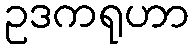
ဥဒကရုဟာ